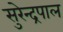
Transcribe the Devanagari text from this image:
सुरेन्द्रपाल